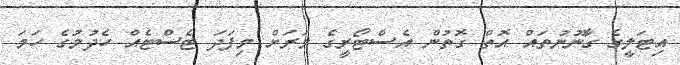
އިޓަލީގެ ގާނޫނުތައް އޮތް ގޮތުން އެސްޓޯރީގެ މަރަށް މިފަދަ ޓެސްޓެއް ހެދުމުގެ ހަމަ